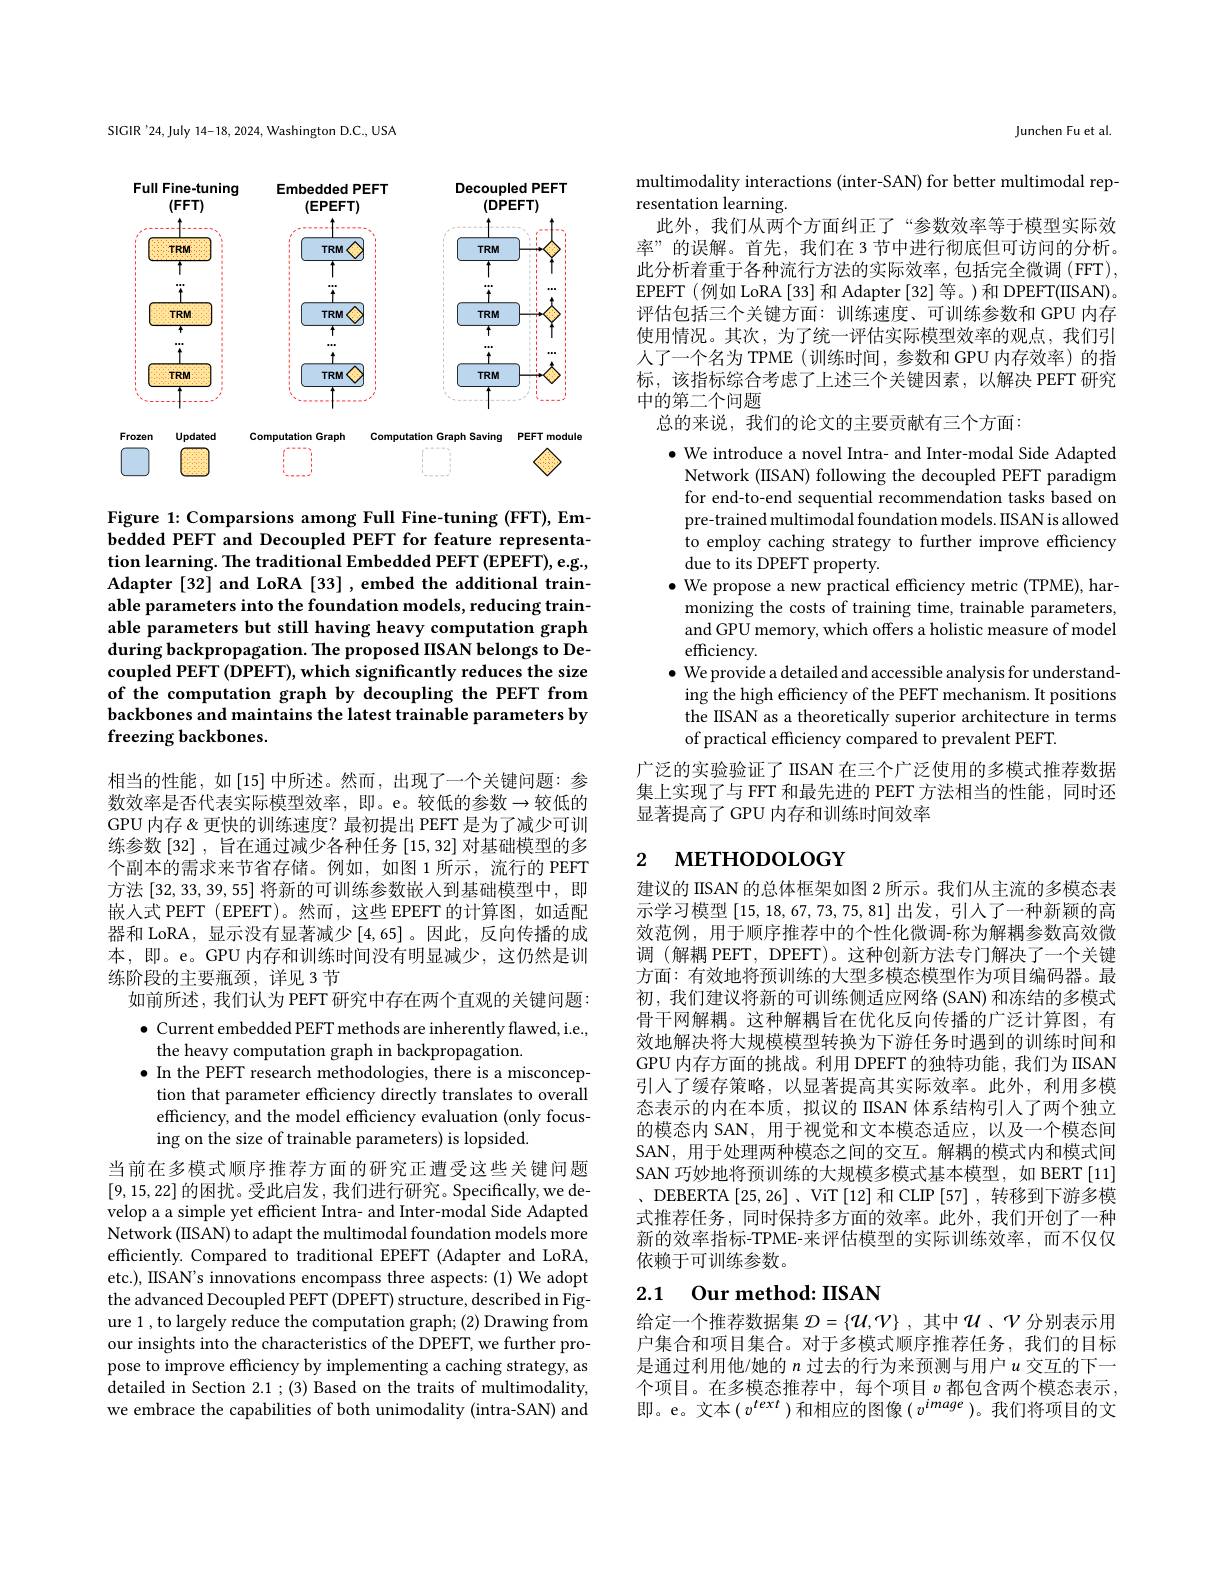
SIGIR'24,July 14-18, 2024, Washington D.C., USA

Full Fine-tuning
Embedded PEFT
Decoupled PEFT
<FigureHere>

Figure 1: Comparsions among Full Fine-tuning (FFT), Embedded PEFT and Decoupled PEFT for feature representation learning. The traditional Embedded PEFT (EPEFT), e.g., Adapter [32] and LoRA [33] , embed the additional trainable parameters into the foundation models, reducing trainable parameters but still having heavy computation graph $\hat{\text{during backpropagation. The proposed ISAN belongs to De-}}$ coupled PEFT (DPEFT), which significantly reduces the size of the computation graph by decoupling the PEFT from backbones and maintains the latest trainable parameters by freezing backbones.

相当的性能，如[15]中所述。然而，出现了一个关键问题：参数效率是否代表实际模型效率，即。e。较低的参数$\to$较低的GPU 内存&更快的训练速度？最初提出 PEFT 是为了减少可训练参数[32] ,旨在通过减少各种任务 [15,32] 对基础模型的多个副本的需求来节省存储。例如，如图 1 所示 ,流行的 PEFT 方法[32,33,39,55]将新的可训练参数嵌入到基础模型中，即嵌人式 PEFT (EPEFT)。然而，这些 EPEFT 的计算图，如适配器和 LoRA, 显示没有显著减少[4,65] 。因此，反向传播的成本，即。e。GPU 内存和训练时间没有明显减少，这仍然是训练阶段的主要瓶颈，详见 3 节
如前所述，我们认为 PEFT 研究中存在两个直观的关键问题： $\bullet$ Current embedded PEFT methods are inherently flawed, i.e., the heavy computation graph in backpropagation.
$\bullet$ In the PEFT research methodologies, there is a misconcep-
tion that parameter effciency directly translates to overall efficiency, and the model efficiency evaluation (only focusing on the size of trainable parameters) is lopsided.
当前在多模式顺序推荐方面的研究正遭受这些关键问题[9,15,22]的困扰。受此启发，我们进行研究。Specifically, we develop a a simple yet efficient Intra- and Inter-modal Side Adapted Network (IISAN) to adapt the multimodal foundation models more efficiently. Compared to traditional EPEFT (Adapter and LoRA, etc.), IISAN's innovations encompass three aspects: (1) We adopt the advanced Decoupled PEFT (DPEFT) structure, described in Figure 1 , to largely reduce the computation graph; (2) Drawing from our insights into the characteristics of the DPEFT, we further propose to improve efficiency by implementing a caching strategy, as detailed in Section 2.1 ; (3) Based on the traits of multimodality, we embrace the capabilities of both unimodality (intra-SAN) and

Junchen Fu et al

multimodality interactions (inter-SAN) for better multimodal rep-
resentation learning.
此外，我们从两个方面纠正了“参数效率等于模型实际效率”的误解。首先，我们在 3 节中进行彻底但可访问的分析。此分析着重于各种流行方法的实际效率，包括完全微调(FFT) EPEFT (例如 LoRA [33] 和 Adapter [32] 等。)和 DPEFT(IISAN)。评估包括三个关键方面：训练速度、可训练参数和 GPU 内存使用情况。其次，为了统一评估实际模型效率的观点，我们引人了一个名为 TPME (训练时间，参数和 GPU 内存效率)的指标，该指标综合考虑了上述三个关键因素，以解决 PEFT 研究中的第二个问题
总的来说，我们的论文的主要贡献有三个方面：

$\bullet$ We introduce a novel Intra- and Inter-modal Side Adapted Network (IISAN) following the decoupled PEFT paradigm for end-to-end sequential recommendation tasks based on pre-trained multimodal foundation models. ISAN is allowed to employ caching strategy to further improve efficiency due to its DPEFT property.
$\bullet$ We propose a new practical efficiency metric (TPME), harmonizing the costs of training time, trainable parameters, and GPU memory, which offers a holistic measure of model efficiency.
$\bullet$ We provide a detailed and accessible analysis for understanding the high efficiency of the PEFT mechanism. It positions the ISAN as a theoretically superior architecture in terms of practical efficiency compared to prevalent PEFT.
广泛的实验验证了IISAN 在三个广泛使用的多模式推荐数据集上实现了与 FFT 和最先进的 PEFT 方法相当的性能，同时还

显著提高了 GPU 内存和训练时间效率

# 2 мЕТНОDOLOGY

建议的 IISAN 的总体框架如图 2 所示。我们从主流的多模态表示学习模型[15,18,67,73,75,81]出发，引人了一种新颖的高效范例，用于顺序推荐中的个性化微调-称为解耦参数高效微调 (解耦 PEFT, DPEFT)。这种创新方法专门解决了一个关键方面：有效地将预训练的大型多模态模型作为项目编码器。最初，我们建议将新的可训练侧适应网络(SAN)和冻结的多模式骨干网解耦。这种解耦旨在优化反向传播的广泛计算图，有效地解决将大规模模型转换为下游任务时遇到的训练时间和GPU 内存方面的挑战。利用 DPEFT 的独特功能，我们为 IISAN 引入了缓存策略，以显著提高其实际效率。此外，利用多模态表示的内在本质，拟议的 IISAN 体系结构引入了两个独立的模态内 SAN, 用于视觉和文本模态适应，以及一个模态间SAN, 用于处理两种模态之间的交互。解耦的模式内和模式间SAN 巧妙地将预训练的大规模多模式基本模型，如 BERT [11] 、DEBERTA[25,26]、ViT[12] 和 CLIP[57] , 转移到下游多模式推荐任务，同时保持多方面的效率。此外，我们开创了一种新的效率指标-TPME-来评估模型的实际训练效率，而不仅仅依赖于可训练参数。

# 2.1 Our method: IISAN

给定一个推荐数据集 $\mathcal{D}=\{\mathcal{U},\mathcal{V}\}$ ,其中$\mathcal{U}$ 、$\mathcal{V}$ 分别表示用户集合和项目集合。对于多模式顺序推荐任务，我们的目标是通过利用他/她的$n$过去的行为来预测与用户$u$交互的下一个项目。在多模态推荐中，每个项目$v$都包含两个模态表示， 即。e。文本$\left(v^{text}\right)$和相应的图像$\left(v^image\right)$。我们将项目的文